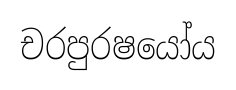
චරපුරෂයෝය